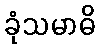
ခုံသမာဓိ